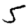
Digit: 5